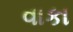
વાકા